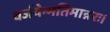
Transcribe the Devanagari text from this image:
वर्जयेन्मतिमान्नरः।